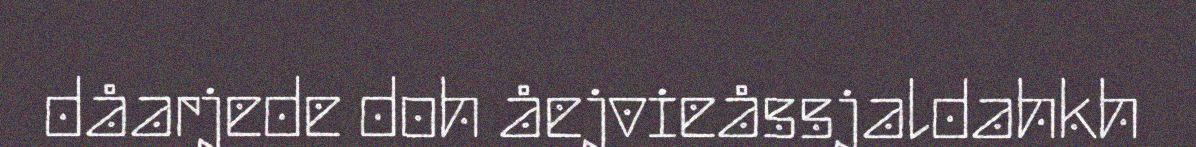
dåarjede doh åejvieåssjaldahkh